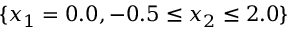
\{ x _ { 1 } = 0 . 0 , - 0 . 5 \leq x _ { 2 } \leq 2 . 0 \}